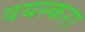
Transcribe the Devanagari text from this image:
वयस्करा